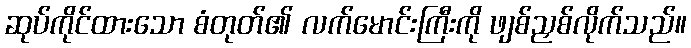
ဆုပ်ကိုင်ထားသော စံတုတ်၏ လက်မောင်းကြီးကို ဖျစ်ညှစ်လိုက်သည်။